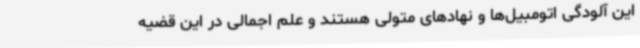
این آلودگی اتومبیل‌ها و نهادهای متولی هستند و علم اجمالی در این قضیه